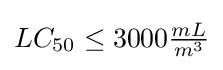
LC_{50}\leq 3000{\tfrac {mL}{m^{3}}}